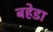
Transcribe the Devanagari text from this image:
बहेडा